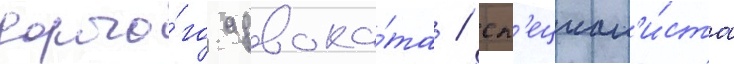
дорого́го адвока́та / сп'ециал'и́ста